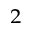
^ 2